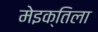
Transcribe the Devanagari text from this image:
मेइक्तिला